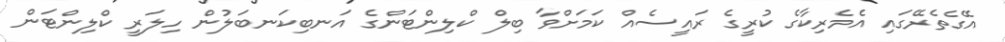
އޭގެތެރޭގައި އެމެރިކާގެ ކުރީގެ ރައީސެއް ކަމަށްވާ ބިލް ކްލިންޓަންގެ އަނބިކަނބަލުން ހިލަރީ ކްލިންޓަން